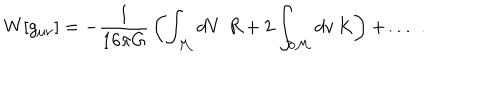
LaTeX: W [ g _ { \mu \nu } ] = - { \frac { 1 } { 1 6 \pi G } } \left( \int _ { \cal M } d V \, \, R + 2 \int _ { \partial { \cal M } } d v \, K \right) + \ldots \, \, .